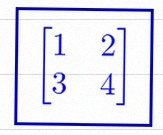
\begin{bmatrix}1&2\\3&4\end{bmatrix}